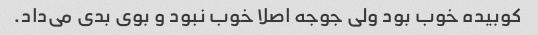
کوبیده خوب بود ولی جوجه اصلا خوب نبود و بوی بدی می‌داد.